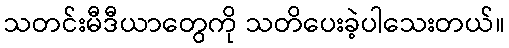
သတင်းမီဒီယာတွေကို သတိပေးခဲ့ပါသေးတယ်။